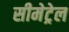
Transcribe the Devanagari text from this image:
सीमेट्रेल